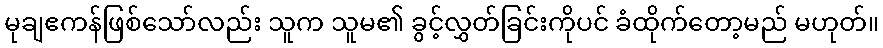
မုချဧကန်ဖြစ်သော်လည်း သူက သူမ၏ ခွင့်လွှတ်ခြင်းကိုပင် ခံထိုက်တော့မည် မဟုတ်။